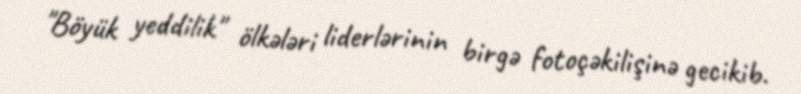
"Böyük yeddilik" ölkələri liderlərinin birgə fotoçəkilişinə gecikib.